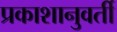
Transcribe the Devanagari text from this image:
प्रकाशानुवर्ती